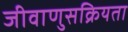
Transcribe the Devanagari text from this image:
जीवाणुसक्रियता